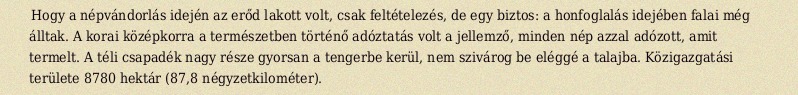
Hogy a népvándorlás idején az erőd lakott volt, csak feltételezés, de egy biztos: a honfoglalás idejében falai még álltak. A korai középkorra a természetben történő adóztatás volt a jellemző, minden nép azzal adózott, amit termelt. A téli csapadék nagy része gyorsan a tengerbe kerül, nem szivárog be eléggé a talajba. Közigazgatási területe 8780 hektár (87,8 négyzetkilométer).